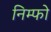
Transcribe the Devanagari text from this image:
निम्फो